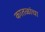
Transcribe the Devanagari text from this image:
कातळांचा